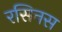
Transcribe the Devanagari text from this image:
रसिनस